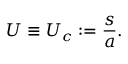
U \equiv U _ { c } : = \frac { s } { a } .